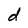
Character: d